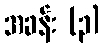
အခန်း (၃)